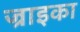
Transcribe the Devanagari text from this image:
ज्राइका